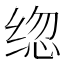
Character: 𰬦